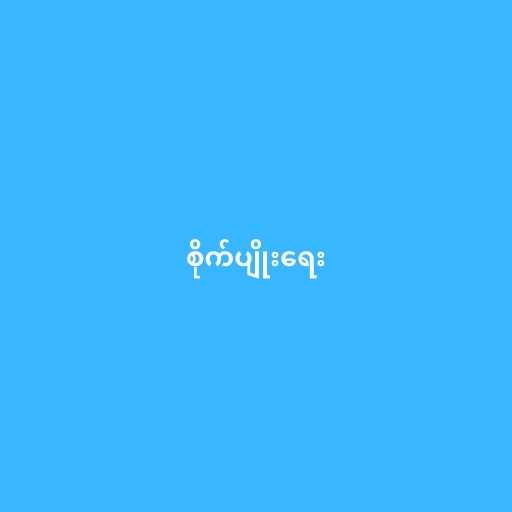
စိုက်ပျိုးရေး